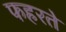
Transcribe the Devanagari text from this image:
फहरते